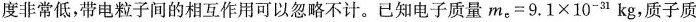
度非常低，带电粒子间的相互作用可以忽略不计。已知电子质量$$m _ { e } = 9 . 1 \times 1 0 ^ { - 3 1 } k g$$，质子质